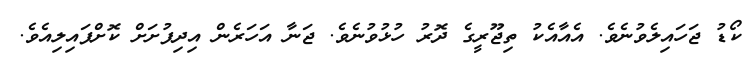
ކޯޑު ޖަހައިލެވުނެވެ. އެއާއެކު ތިޖޫރީގެ ދޮރު ހުޅުވުނެވެ. ޖަނާ އަހަރެން އިދިފުށަށް ކޮށްޕައިލިއެވެ.